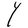
Character: Y